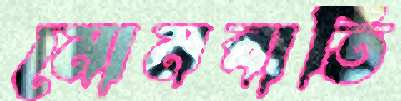
মোমবাতি